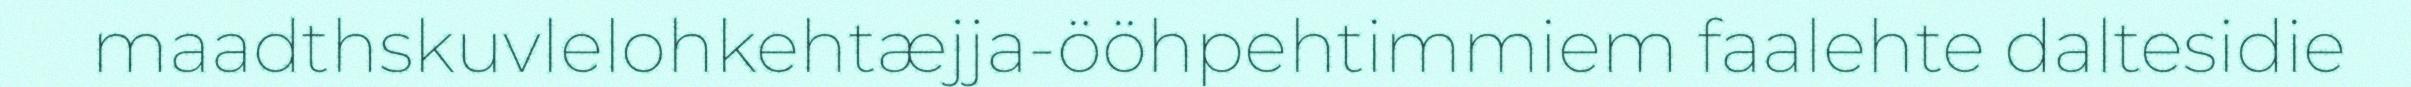
maadthskuvlelohkehtæjja-ööhpehtimmiem faalehte daltesidie